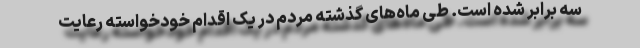
سه برابر شده است. طی ماه‌های گذشته مردم در یک اقدام خودخواسته رعایت